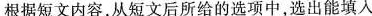
根据短文内容,从短文后所给的选项中,选出能填入